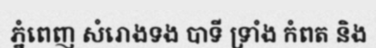
ភ្នំពេញ សំរោងទង បាទី ទ្រាំង កំពត និង